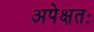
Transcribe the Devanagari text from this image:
अपेक्षतः